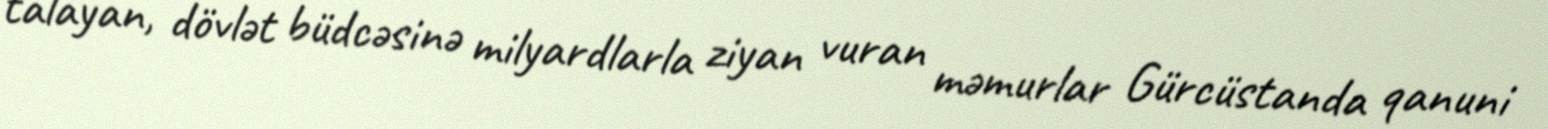
talayan, dövlət büdcəsinə milyardlarla ziyan vuran məmurlar Gürcüstanda qanuni